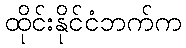
ထိုင်းနိုင်ငံဘက်က